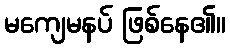
မကျေမနပ် ဖြစ်နေ၏။